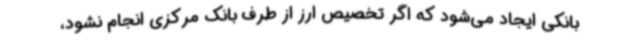
بانکی ایجاد می‌شود که اگر تخصیص ارز از طرف بانک مرکزی انجام نشود،